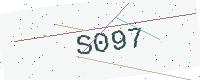
Text: S097